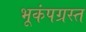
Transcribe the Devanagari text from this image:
भूकंपग्रस्त